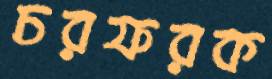
চরফরক